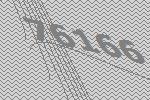
76166